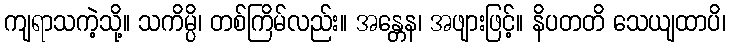
ကျရာသကဲ့သို့။ သကိမ္ပိ၊ တစ်ကြိမ်လည်း။ အန္တေန၊ အဖျားဖြင့်။ နိပတတိ သေယျထာပိ၊